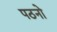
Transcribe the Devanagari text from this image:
पठनो